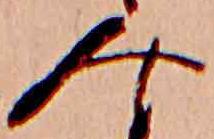
み